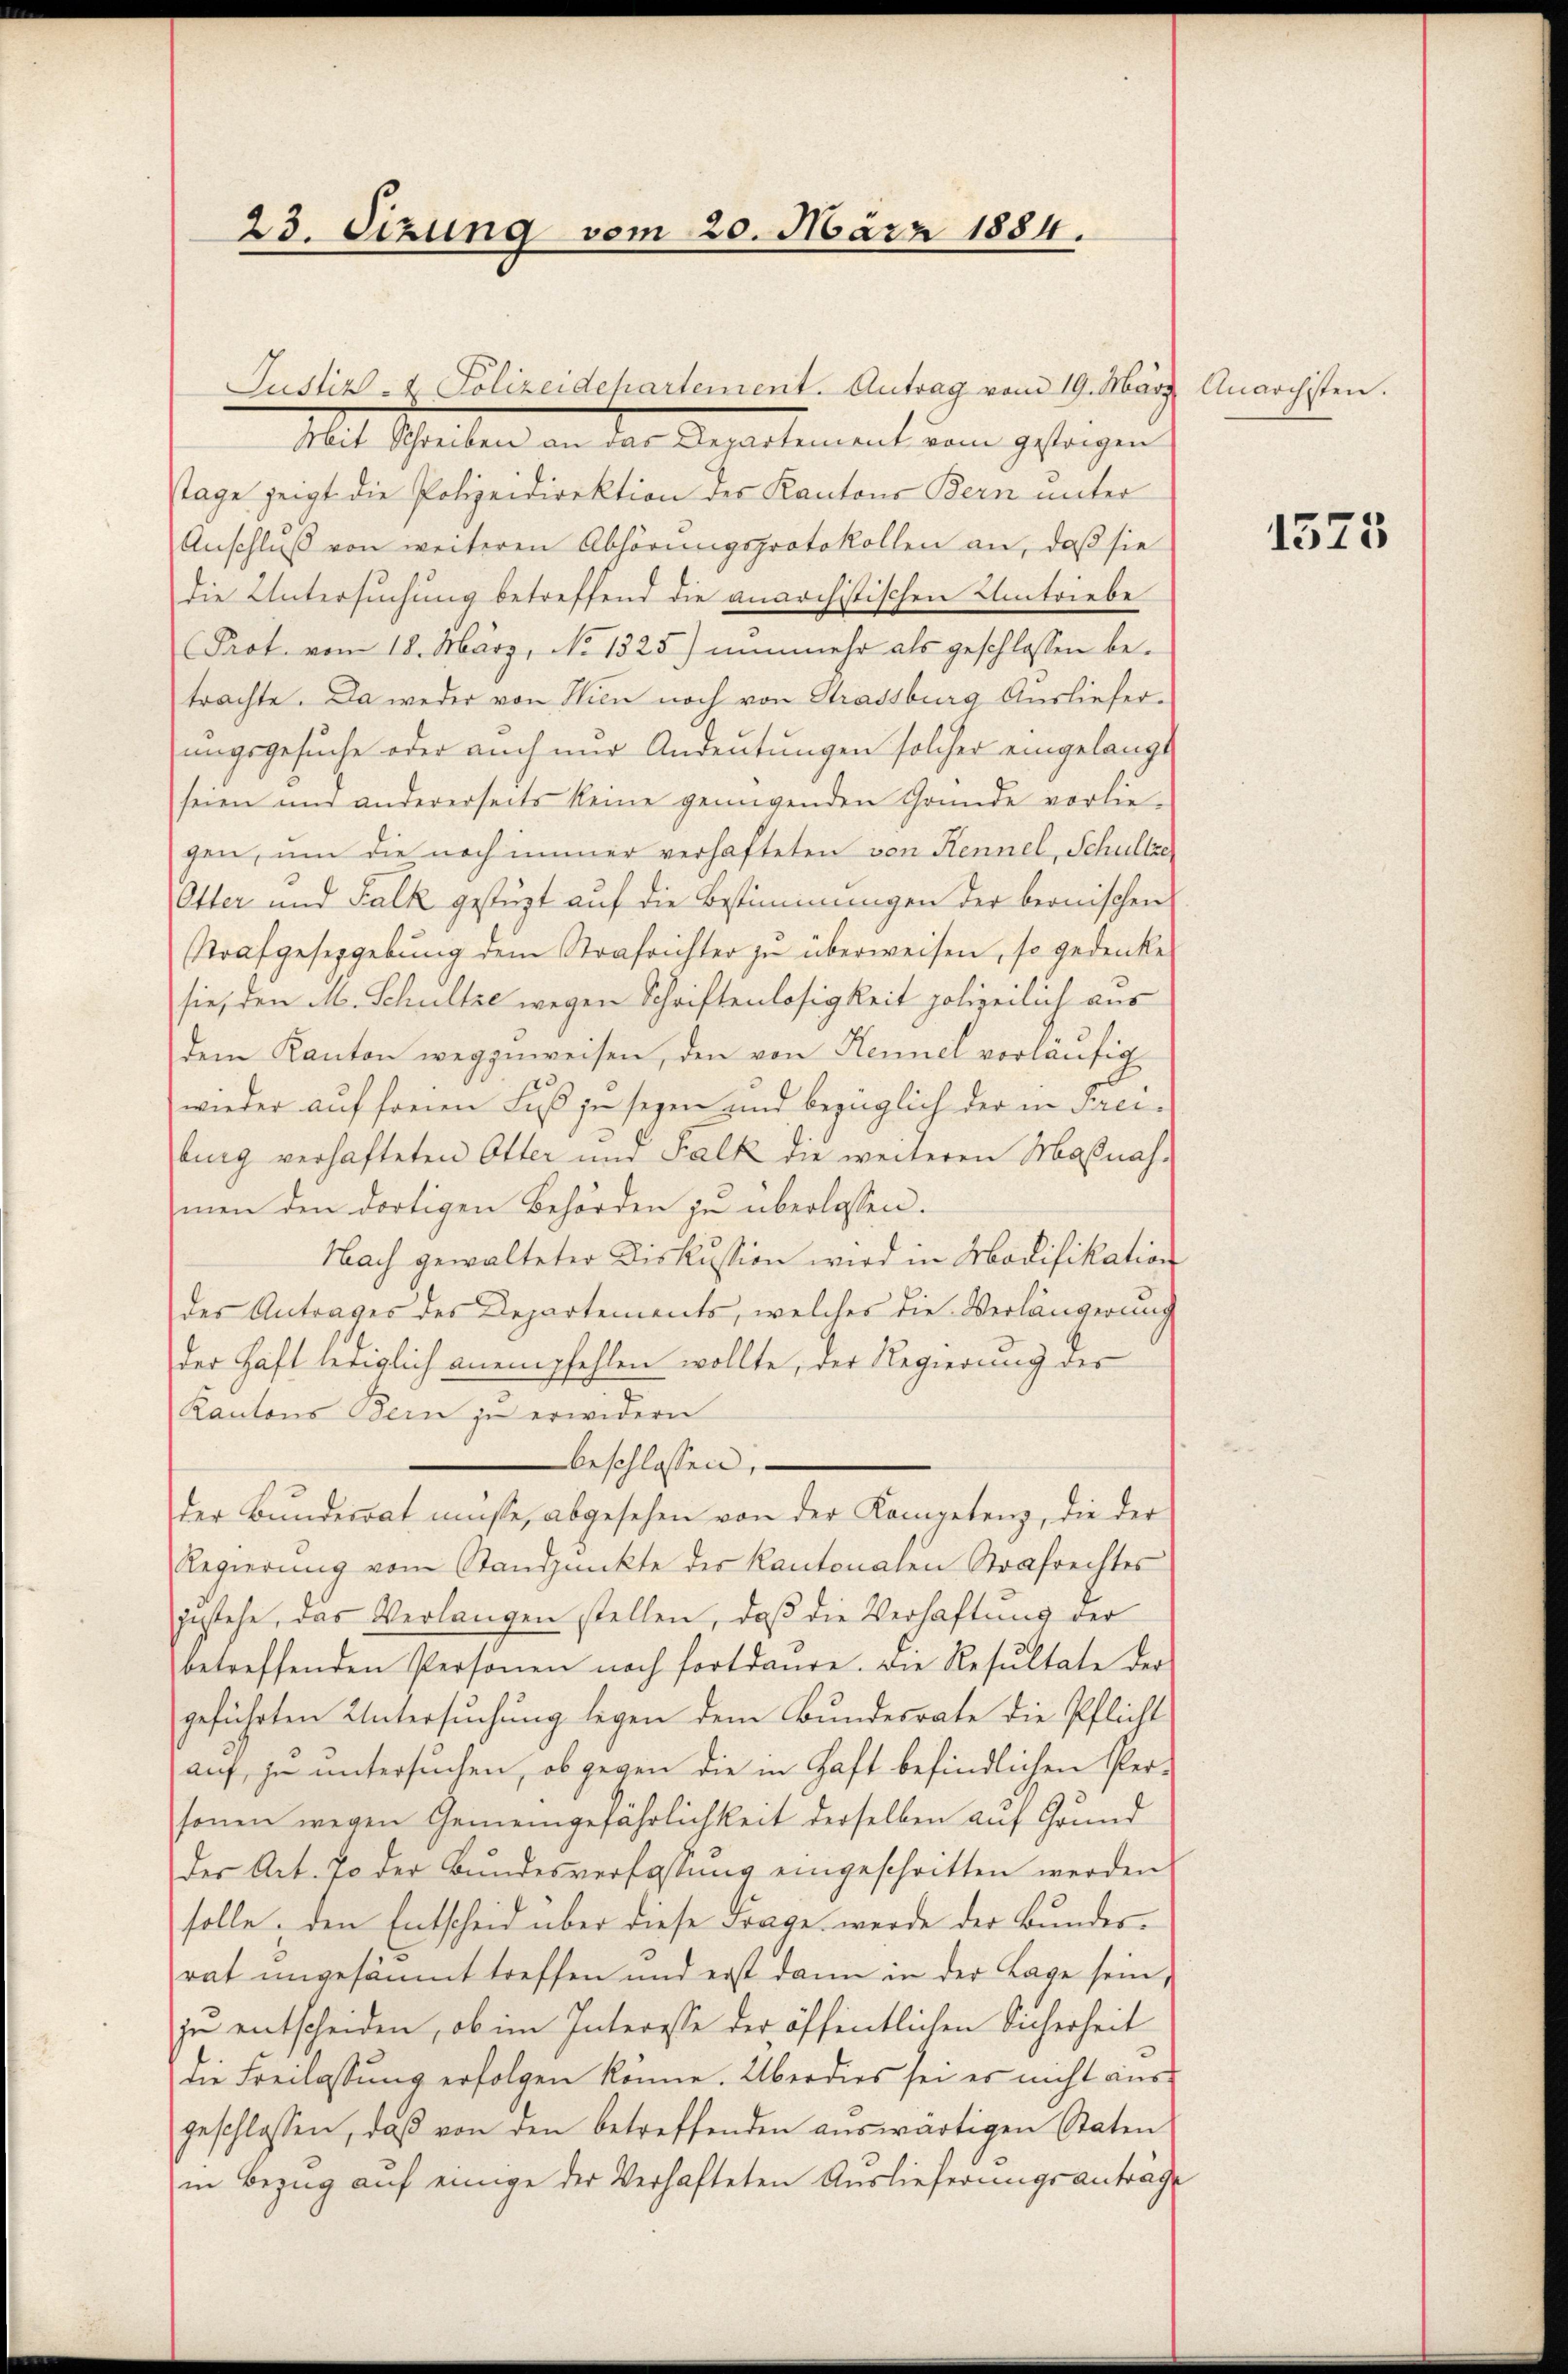
23. Sizung vom 20. März 1884.

Justiz- & Polizeidepartement. Antrag vom 19. März
Mit Schreiben an das Departement vom gestrigen
stage zeigt die Polizeidirektion des Kantons Bern unter
Anschluß von weiteren Abhörungsprotokollen an, daß sie
die Untersuchung betreffend die anarchistischen Umtriebe
Prot. vom 18. März, No 1325) nunmehr als geschlossen betrachte. Da weder von Hien noch von Strassburg Ausliefer-
ungsgesuche oder auch nur Andeutungen solcher eingelangt
seien und andererseits keine genügenden Gründe vorlie-
gen, um die noch immer verhafteten von Kennel, Schultze
Otter und Falk gestüzt auf die Bestimmungen der beonischen
Strafgeseggebŭng dem Strafrichter zŭ überweisen, so gedenke
sie, den M. Schultze wegen Schriftenlosigkeit polizeilich aus
dem Kanton wegzuweisen, den von Hennel vorläufig
wieder auf sonnen Fuß ja seyen und bezüglich der in Freiburg verhafteten Otter und Falk die weiteren Maßnah-
men den dortigen Behörden zu überlassen.
Nach gewalteter Diskussion wird in Modifikation
des Antrages des Departements, welches die Verlängerung
der Haft lediglich anempfehlen wollte, der Regierung der
Kantons Bern zu erwidern
beschlossen,
der Bundesrat müsse, abgesehen von der Kompetenz, die der
Regierung vom Standpunkte der Kantonalen Strafrechtes
zustehe, das Verlangen stellen, daß die Verhaftung der
betreffenden Personen noch fortdaure. Die Resŭltate der
geführten Untersuchung legen dem Bundesrate die Pflicht
auf, zu untersuchen, ob gegen die in Haft befindlichen Per-
sonen wegen Gemeingefährlichkeit derselben auf Grund
der Art. 70 der Bundesverfassung eingeschritten werden
solle, den Entscheid über diese Frage werde der Bundesrat ungesäumt treffen und erst dann in der Lage sein,
ju entscheiden, ob im Interesse der öffentlichen Sicherheit
die Freilassung erfolgen könne. Überdies sei es nicht ausgeschlossen, daβ von den betreffenden aŭswärtigen Staten
in Bezug auf einige der Verhafteten Auslieferungsanträge

Anarchisten.

1575